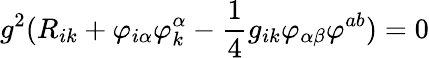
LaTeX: g^{2}(R_{ik}+\varphi_{i\alpha}\varphi_{k}^{\alpha}-{\frac{1}{4}}g_{ik}\varphi_{\alpha\beta}\varphi^{ab})=0